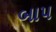
બાપ